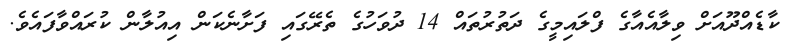
ކާޑެއްދޫއަށް ވިލާއެއާގެ ފްލައިމީގެ ދަތުރުތައް 14 ދުވަހުގެ ތެރޭގައި ފަށާނެކަން އިއުލާން ކުރައްވާފައެވެ.